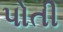
પોતી